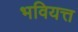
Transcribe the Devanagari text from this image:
भवियत्त